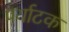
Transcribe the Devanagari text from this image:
पर्याटक